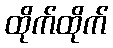
ထိုက်ထိုက်